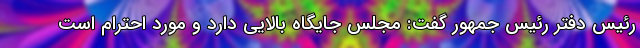
رئیس دفتر رئیس جمهور گفت: مجلس جایگاه بالایی دارد و مورد احترام است